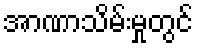
အာဏာသိမ်းမှုတွင်